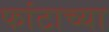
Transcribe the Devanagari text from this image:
फांटाच्या